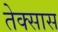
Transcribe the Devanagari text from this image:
तेक्सास